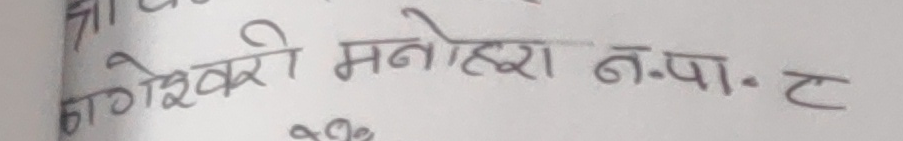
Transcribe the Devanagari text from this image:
कागेश्वरी मनोहरा न.पा. ८